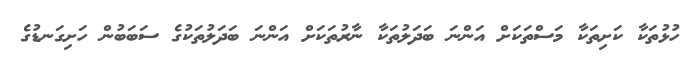
ހުޅުތަކާ ކަށިތަކާ މަސްތަކަށް އަންނަ ބަދަލުތަކާ ނާރުތަކަށް އަންނަ ބަދަލުތަކުގެ ސަބަބުން ހަށިގަނޑުގެ